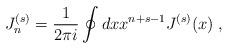
LaTeX: \begin{align*}J^{(s)}_n = \frac{1}{2\pi i} \oint dx x^{n+s-1} J^{(s)}(x) \;,\end{align*}